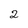
Character: 2